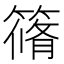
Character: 𮆀